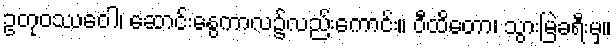
ဥတုဝဿေဝါ၊ ဆောင်းနွေကာလ၌လည်းကောင်း။ ဝီထိတော၊ သွားမြဲခရီးမှ။